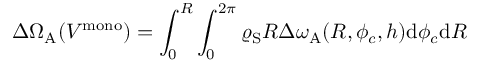
\Delta \Omega _ { \mathrm { A } } ( V ^ { \mathrm { m o n o } } ) = \int _ { 0 } ^ { R } \int _ { 0 } ^ { 2 \pi } \varrho _ { \mathrm { S } } R \Delta \omega _ { \mathrm { A } } ( R , \phi _ { c } , h ) \mathrm { d } \phi _ { c } \mathrm { d } R